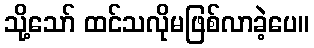
သို့သော် ထင်သလိုမဖြစ်လာခဲ့ပေ။